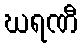
ဃရဏီ